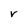
Character: r